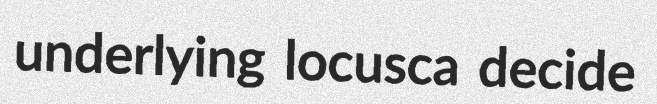
underlying locusca decide